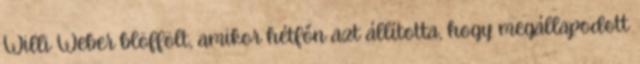
Willi Weber blöffölt, amikor hétfőn azt állította, hogy megállapodott